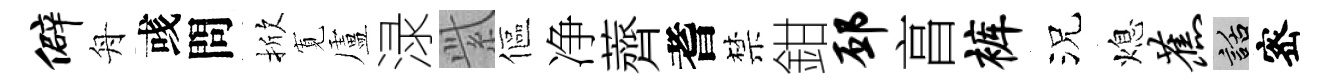
僻舟彧問掀𡩖盧渌𬗋傴净薺耆禁鉗邳亯裤況熄蕉話宻